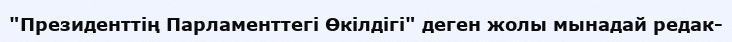
"Президенттің Парламенттегі Өкілдігі" деген жолы мынадай редак-